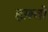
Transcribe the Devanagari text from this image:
हफ़्तो